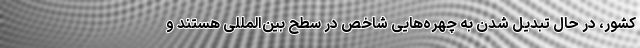
کشور، در حال تبدیل شدن به چهره‌هایی شاخص در سطح بین‌المللی هستند و